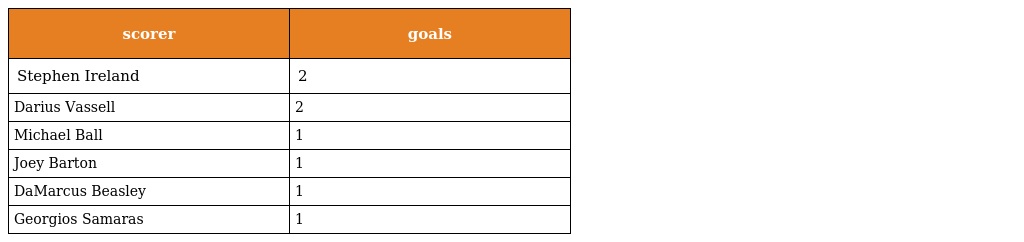
| scorer | goals |
 | --- | --- |
 | Stephen Ireland | 2 |
 | Darius Vassell | 2 |
 | Michael Ball | 1 |
 | Joey Barton | 1 |
 | DaMarcus Beasley | 1 |
 | Georgios Samaras | 1 |